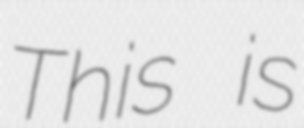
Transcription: This is